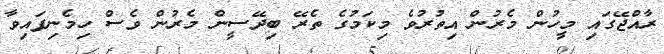
ރާއްޖޭގައި މީހުން މެރުން އިތުރުވެ މިކަމުގެ ތެރޭ ބިދޭސީން މެރުން ވެސް ހިމެނިފައިވާ